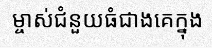
ម្ចាស់ជំនួយធំជាងគេក្នុង